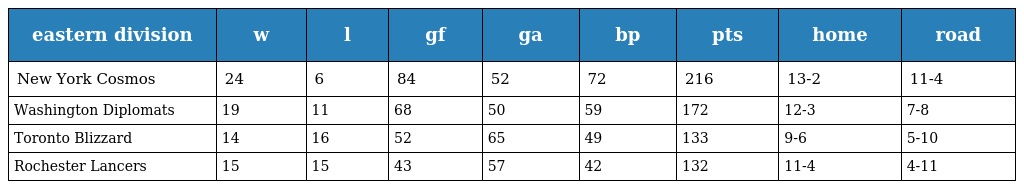
| eastern division | w | l | gf | ga | bp | pts | home | road |
 | --- | --- | --- | --- | --- | --- | --- | --- | --- |
 | New York Cosmos | 24 | 6 | 84 | 52 | 72 | 216 | 13-2 | 11-4 |
 | Washington Diplomats | 19 | 11 | 68 | 50 | 59 | 172 | 12-3 | 7-8 |
 | Toronto Blizzard | 14 | 16 | 52 | 65 | 49 | 133 | 9-6 | 5-10 |
 | Rochester Lancers | 15 | 15 | 43 | 57 | 42 | 132 | 11-4 | 4-11 |